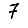
Digit: 7